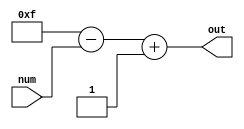
`timescale 1ns / 1ps
//////////////////////////////////////////////////////////////////////////////////
// Company: 
// Engineer: 
// 
// Design Name: 
// Module Name: Compliment_2
// Project Name: 
// Target Devices: 
// Tool Versions: 
// Description: 
// 
// Dependencies: 
// 
// Revision:
// Revision 0.01 - File Created
// Additional Comments:
// 
//////////////////////////////////////////////////////////////////////////////////


module Compliment_2(num,out);
input [3:0]num;
output signed [3:0]out;
wire [3:0]temp;
assign temp = 4'b1111 - num;
assign out = temp + 4'b0001;
endmodule